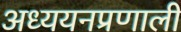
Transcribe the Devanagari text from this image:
अध्ययनप्रणाली